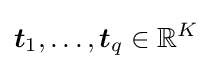
{\boldsymbol {t}}_{1},\dotsc ,{\boldsymbol {t}}_{q}\in \mathbb {R} ^{K}